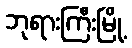
ဘုရားကြီးမြို့